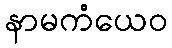
နာမကံယေဝ